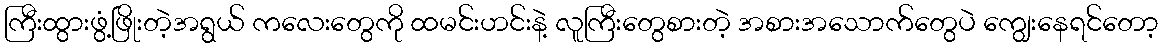
ကြီးထွားဖွံ့ဖြိုးတဲ့အရွယ် ကလေးတွေကို ထမင်းဟင်းနဲ့ လူကြီးတွေစားတဲ့ အစားအသောက်တွေပဲ ကျွေးနေရင်တော့